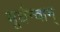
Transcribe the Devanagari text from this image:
मूर्धन्वान्‌